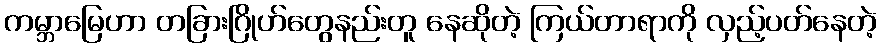
ကမ္ဘာမြေဟာ တခြားဂြိုဟ်တွေနည်းတူ နေဆိုတဲ့ ကြယ်တာရာကို လှည့်ပတ်နေတဲ့